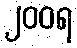
၂၀၀ရ